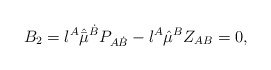
\begin{align*} B_2 = {\l}^{A} \hat{\bar{\mu}}^{\dot{B}} P_{A\dot{B}} - \l^A \hat{\mu}^B Z_{AB} = 0,\end{align*}